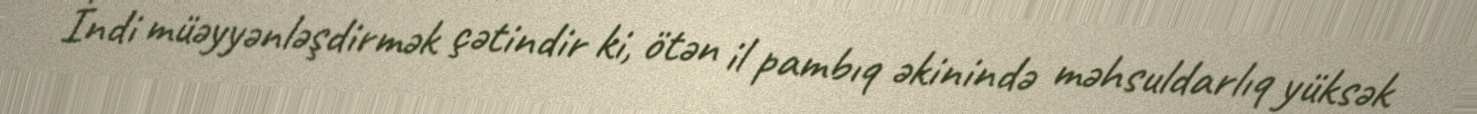
İndi müəyyənləşdirmək çətindir ki, ötən il pambıq əkinində məhsuldarlıq yüksək